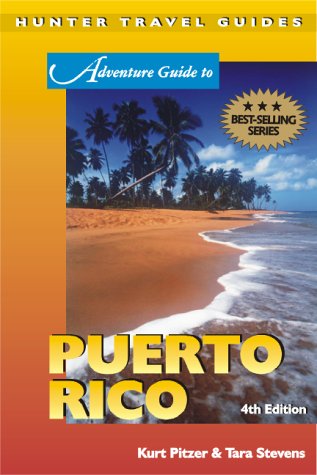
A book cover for Adventure Guide to Puerto Rico, Fourth Edition; Kurt Pitzer; Travel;